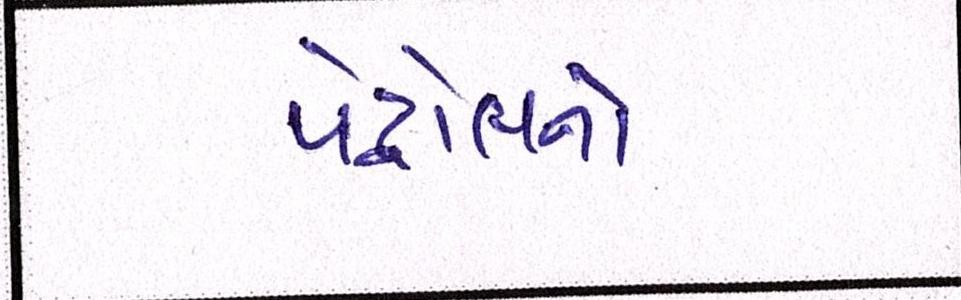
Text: પેટ્રોલનો